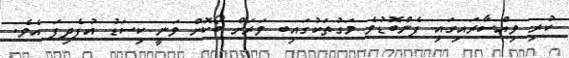
ކުރި ވިއްސާރައިގައި ފެންބޮޑުވެ މަގުތަކުގައިބ ވަރަށް ބޯކޮށް ވަނީ ކިސަޑު އުފެދިފަ އެވެ.